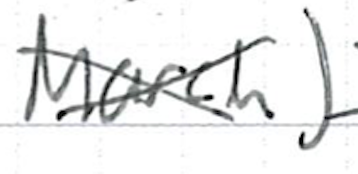
Text: March)
Cross-out: cross
Writing tool: ballpoint